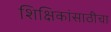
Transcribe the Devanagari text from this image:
शिक्षिकांसाठीचा